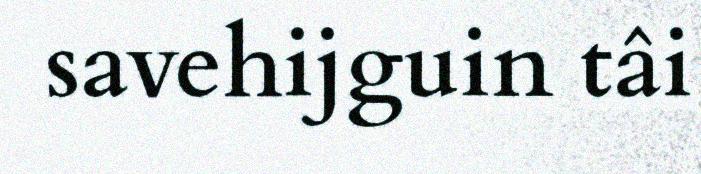
savehijguin tâi